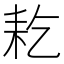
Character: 䎢